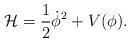
LaTeX: \begin{align*}{\cal H} = \frac{1}{2} {\dot \phi}^2 + V(\phi).\end{align*}